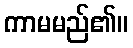
ကာမမည်၏။